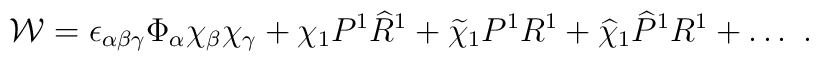
{\cal W}=\epsilon_{\alpha\beta\gamma}\Phi_\alpha\chi_\beta\chi_\gamma+ \chi_1 P^1 {\widehat R}^1+{\widetilde\chi}_1 P^1 R^1+{\widehat \chi}_1 {\widehat P}^1 R^1+\dots~.